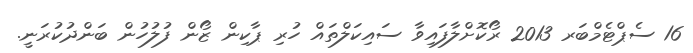
16 ސެޕްޓެމްބަރ 2013 ރޯކޮށްލާފައިވާ ސައިކަލްތައް ހުރި ޕާކިން ޒޯން ފުލުހުން ބަންދުކުރަނީ.